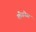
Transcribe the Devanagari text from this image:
लीगनेस